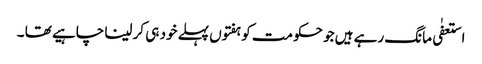
استعفٰی مانگ رہے ہیں جو حکومت کو ہفتوں پہلے خود ہی کر لینا چاہیے تھا ۔